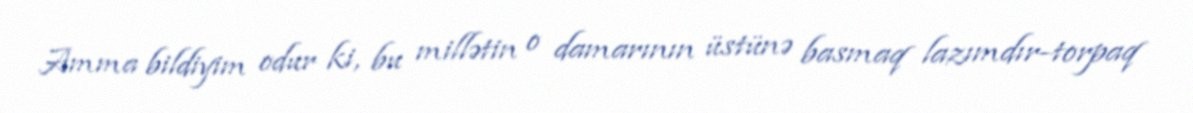
Amma bildiyim odur ki, bu millətin o damarının üstünə basmaq lazımdır-torpaq